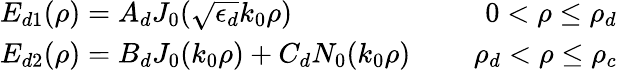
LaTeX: \begin{array}{r}{\begin{array}{lcr}{E_{d1}(\rho)=A_{d}J_{0}(\sqrt{\epsilon_{d}}k_{0}\rho)}&{\mathrm{~}}&{0<\rho\leq\rho_{d}}\\ {E_{d2}(\rho)=B_{d}J_{0}(k_{0}\rho)+C_{d}N_{0}(k_{0}\rho)}&{\mathrm{~}}&{\rho_{d}<\rho\leq\rho_{c}}\end{array}}\end{array}